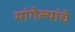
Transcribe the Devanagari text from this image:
मांगेल्यांचे